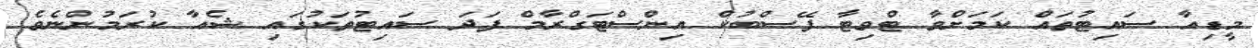
މީޑިއާ ސައިޓުތައް ކަމަށްވާ ޓްވިޓާ ފޭސްބުކް އިންސްޓަގްރާމް ފަދަ ސައިޓުތަކުގައި ޝެއާ ކުރަމުންނެވެ.